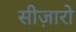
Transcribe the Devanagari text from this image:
सीज़ारो